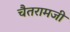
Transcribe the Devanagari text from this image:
चैतरामजी